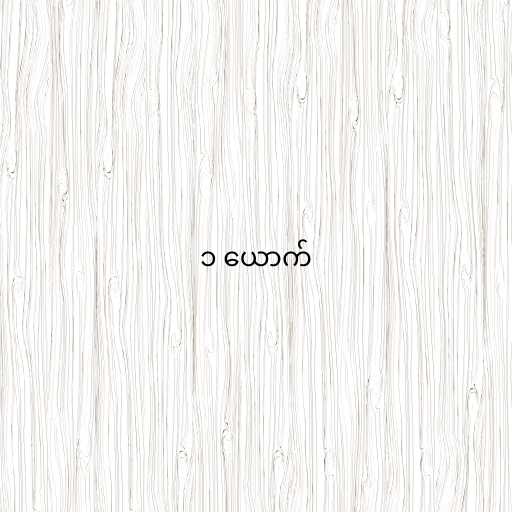
၁ ယောက်